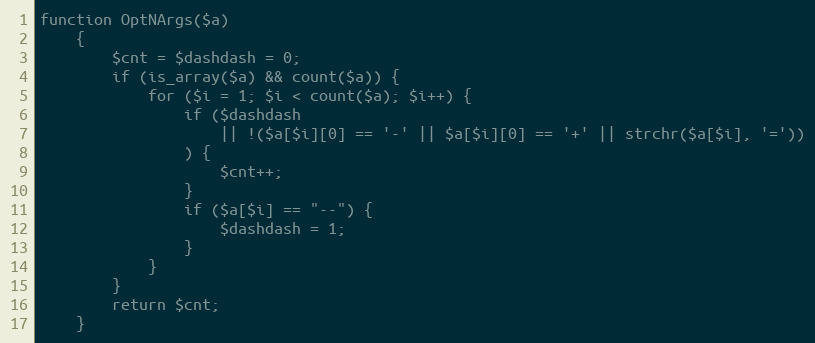
Language: PHP
function OptNArgs($a)
    {
        $cnt = $dashdash = 0;
        if (is_array($a) && count($a)) {
            for ($i = 1; $i < count($a); $i++) {
                if ($dashdash
                    || !($a[$i][0] == '-' || $a[$i][0] == '+' || strchr($a[$i], '='))
                ) {
                    $cnt++;
                }
                if ($a[$i] == "--") {
                    $dashdash = 1;
                }
            }
        }
        return $cnt;
    }